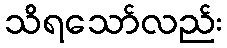
သိရသော်လည်း